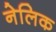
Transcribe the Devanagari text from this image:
नेलिक